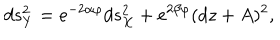
d s _ { Y } ^ { 2 } = e ^ { - 2 \alpha \varphi } d s _ { X } ^ { 2 } + e ^ { 2 \beta \varphi } ( d z + A ) ^ { 2 } ,